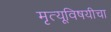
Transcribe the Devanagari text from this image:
मृत्यूविषयीचा